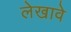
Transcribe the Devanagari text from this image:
लेखावे